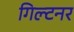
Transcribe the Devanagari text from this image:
गिल्टनर